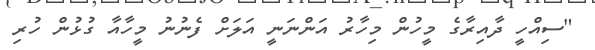
"ސިއްހީ ދާއިރާގެ މީހުން މިހާރު އަންނަނީ އަލަށް ފެނުނު މީހާއާ ގުޅުން ހުރި